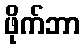
ဖိုက်ဘာ